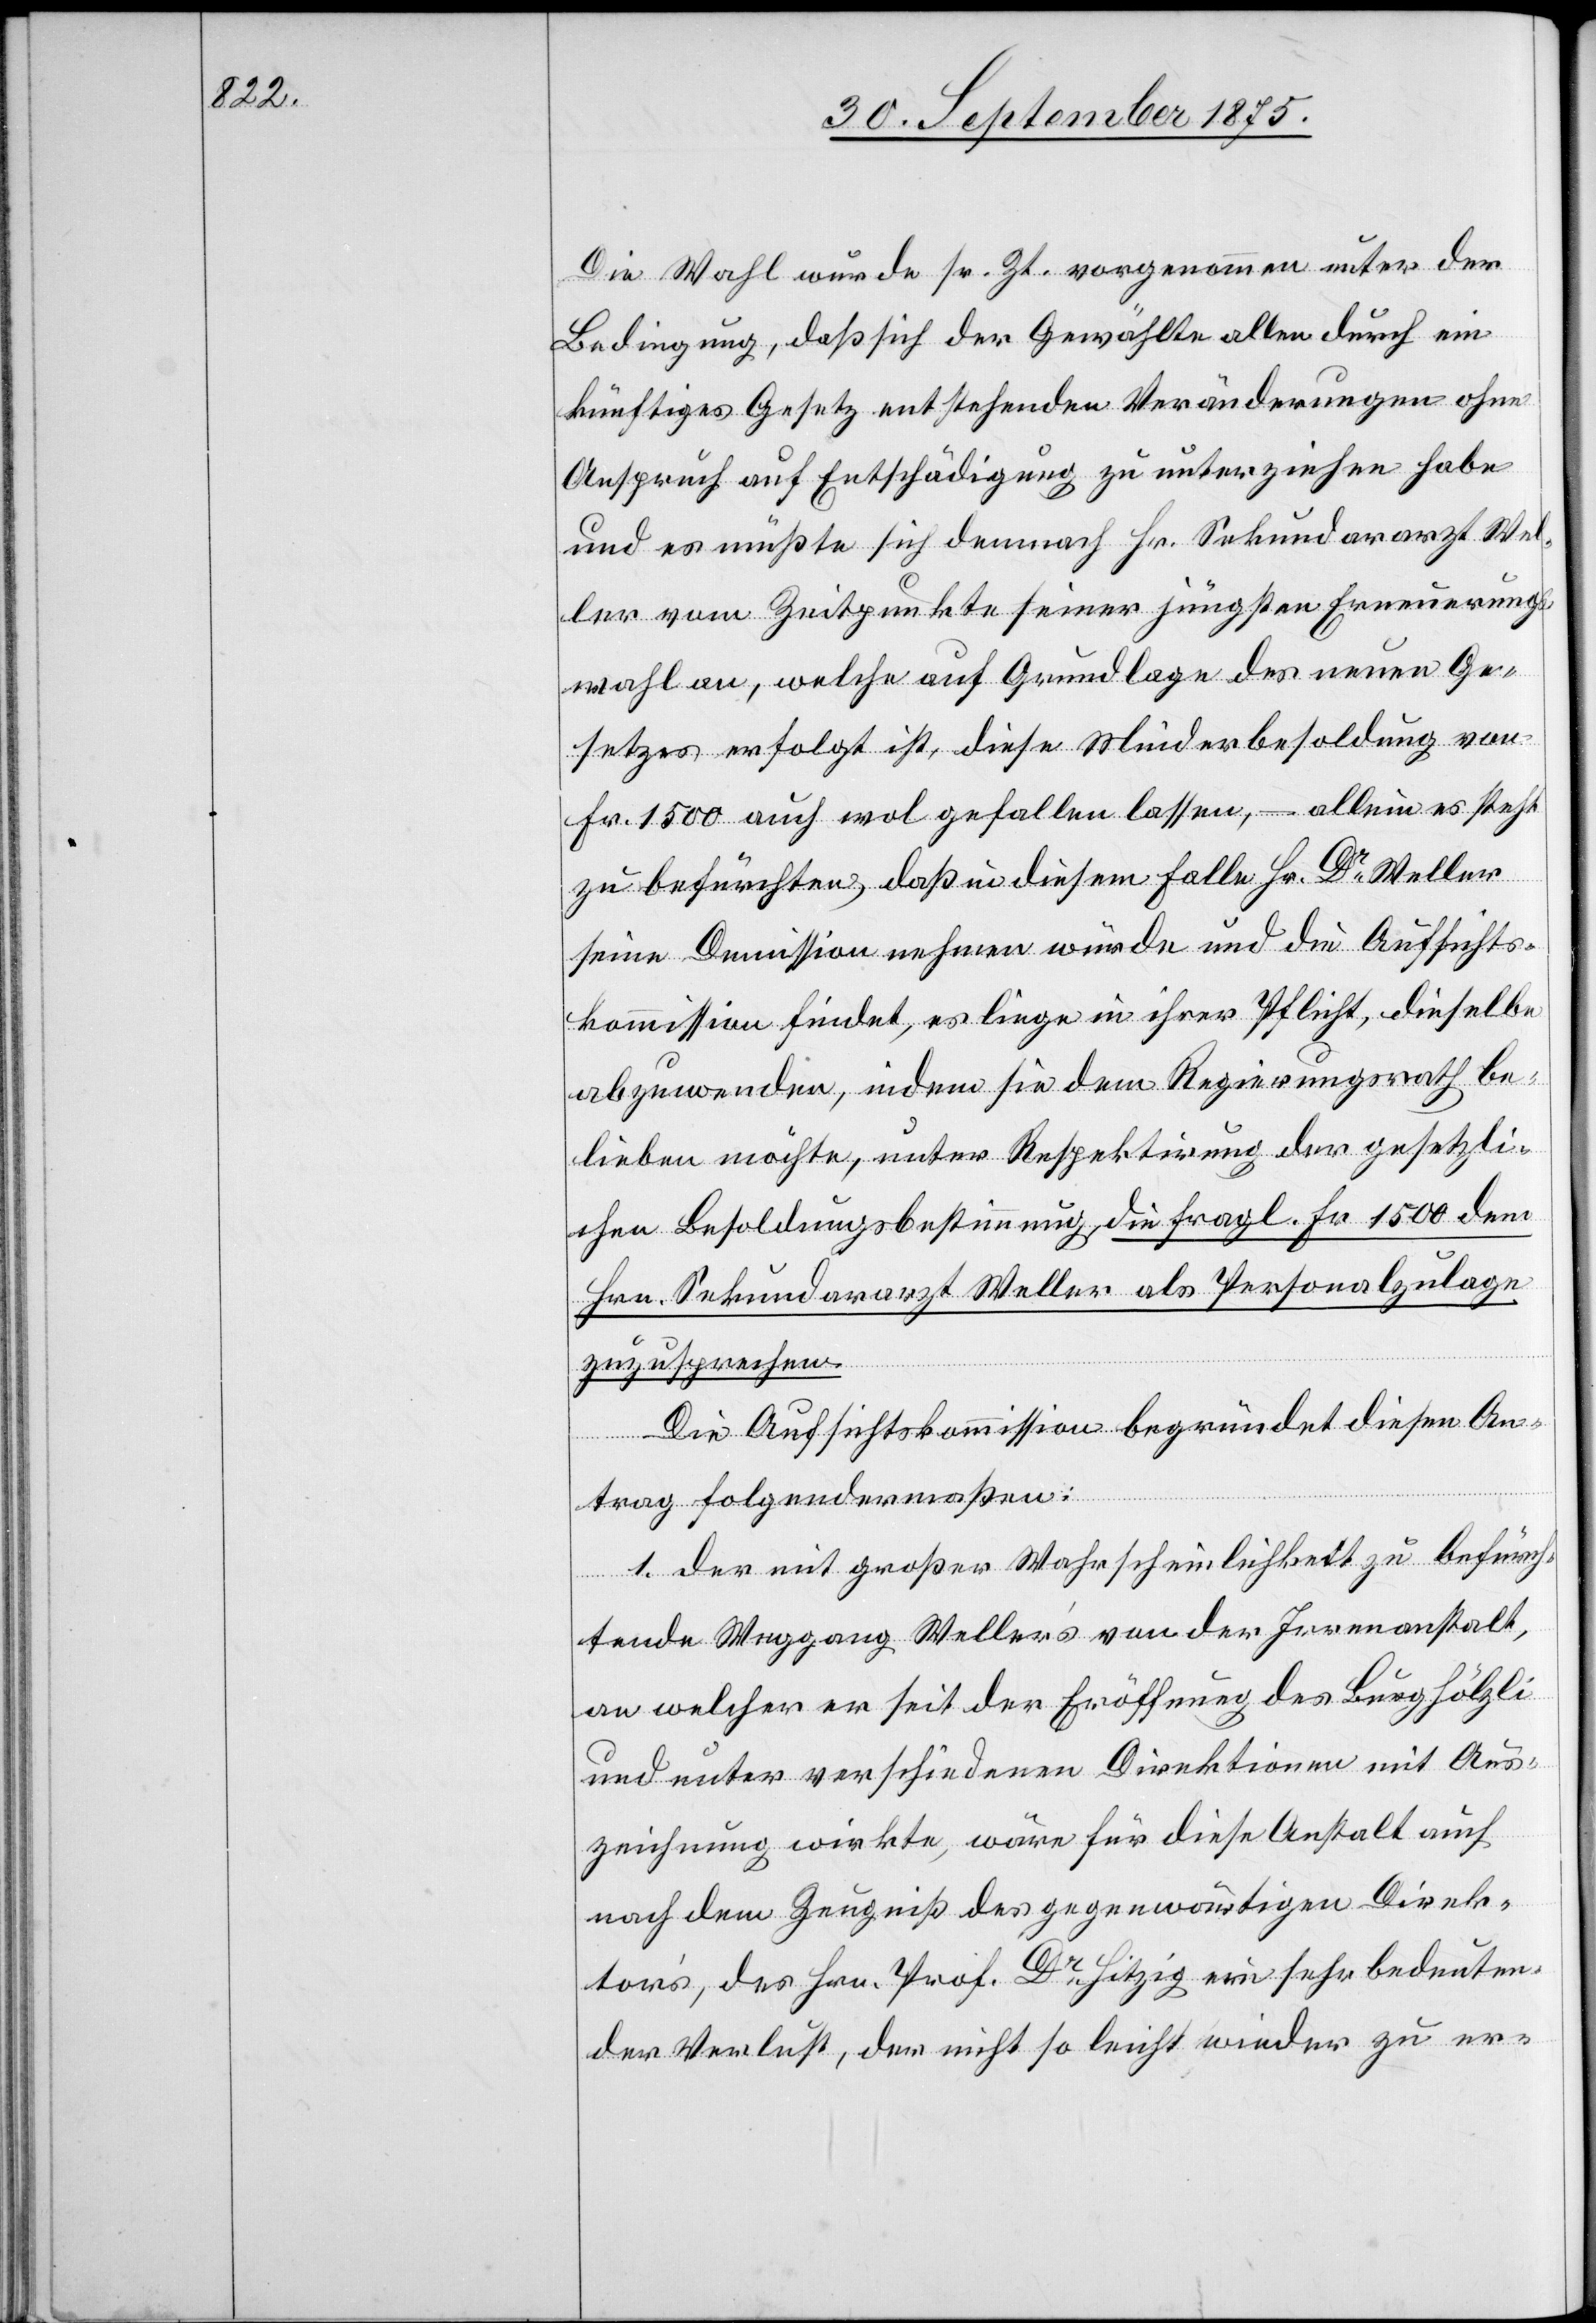
Die Wahl wurde sr. Zt. vorgenommen unter der
Bedingung, daß sich der Gewählte allen durch ein
künftiges Gesetz entstehenden Veränderungen ohne
Anspruch auf Entschädigung zu unterziehen habe
und es müßte sich demnach Hr. Sekundararzt Wel¬
ler vom Zeitpunkte seiner jüngsten Erneuerungs¬
wahl an, welche auf Grundlage des neuen Ge¬
setzes erfolgt ist, diese Minderbesoldung von
Fr. 1500 auch wol gefallen lassen, – allein es steht
zu befürchten, daß in diesem Falle Hr. Dr Weller
seine Demission nehmen würde und die Aufsichts¬
kommission findet, es liege in ihrer Pflicht, dieselbe
abzuwenden, indem sie dem Regierungsrath be¬
lieben möchte, unter Respektirung der gesetzli¬
chen Besoldungsbestimmung, die fragl. Fr. 1500 dem
Hrn. Sekundararzt Weller als Personalzulage
zuzusprechen.
Die Aufsichtskommission begründet diesen An¬
trag folgendermaßen:
1. der mit großer Wahrscheinlichkeit zu befürch¬
tende Weggang Weller’s von der Irrenanstalt,
an welcher er seit der Eröffnung des Burghölzli
und unter verschiedenen Direktionen mit Aus¬
zeichnung wirkte, wäre für diese Anstalt auch
nach dem Zeugniß des gegenwärtigen Direk¬
tor’s, des Hrn. Prof. Dr Hitzig ein sehr bedeuten¬
der Verlust, der nicht so leicht wieder zu er-